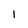
Character: 1